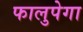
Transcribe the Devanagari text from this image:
फालुपेगा